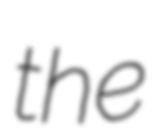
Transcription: the